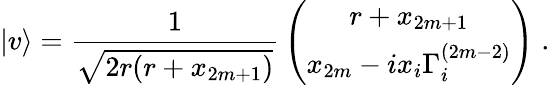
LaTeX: |v\rangle={\frac{1}{\sqrt{2r(r+x_{2m+1})}}}\left(\begin{array}{c}{{r+x_{2m+1}}}\\ {{x_{2m}-ix_{i}\Gamma_{i}^{(2m-2)}}}\end{array}\right)\; .